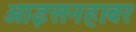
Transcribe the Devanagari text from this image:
आइसनहावर